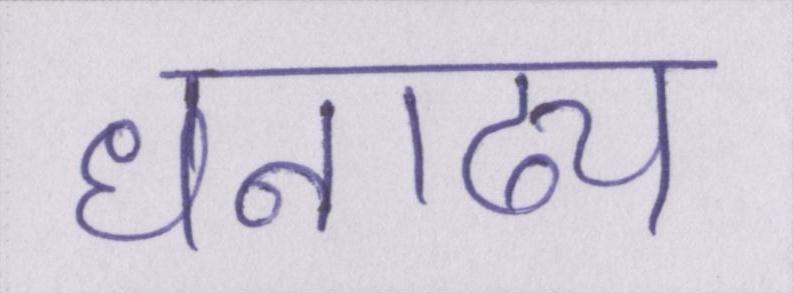
धनाढ्य